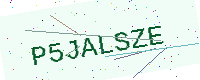
Text: P5JALSZE